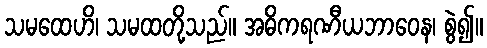
သမထေဟိ၊ သမထတို့သည်။ အဓိကရဏီယဘာဝေန၊ စွဲ၍။